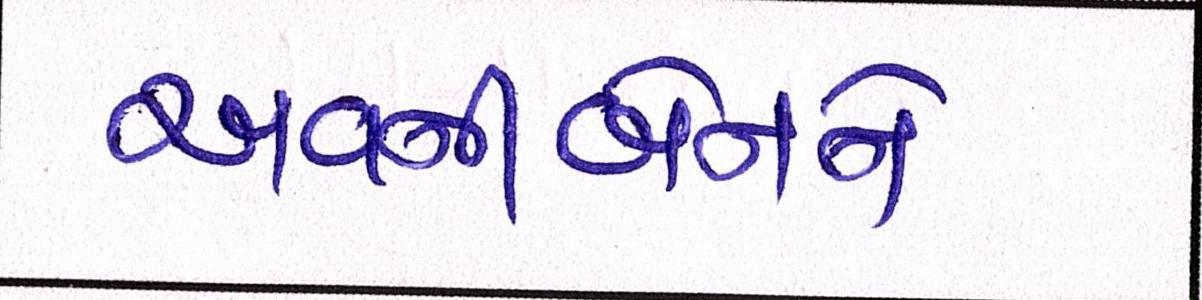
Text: અવનીબેનને